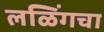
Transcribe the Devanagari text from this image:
लळिंगचा